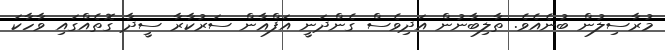
މުރާސިލުން ބުނެއެވެ. ތާލިބާނުން އަދިވެސް ގެންދަނީ އަފްޣާން ސަރުކާރާ ސީދާ ގޮތެއްގައި ވާހާކަ